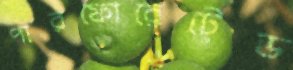
পারফোরেটেড